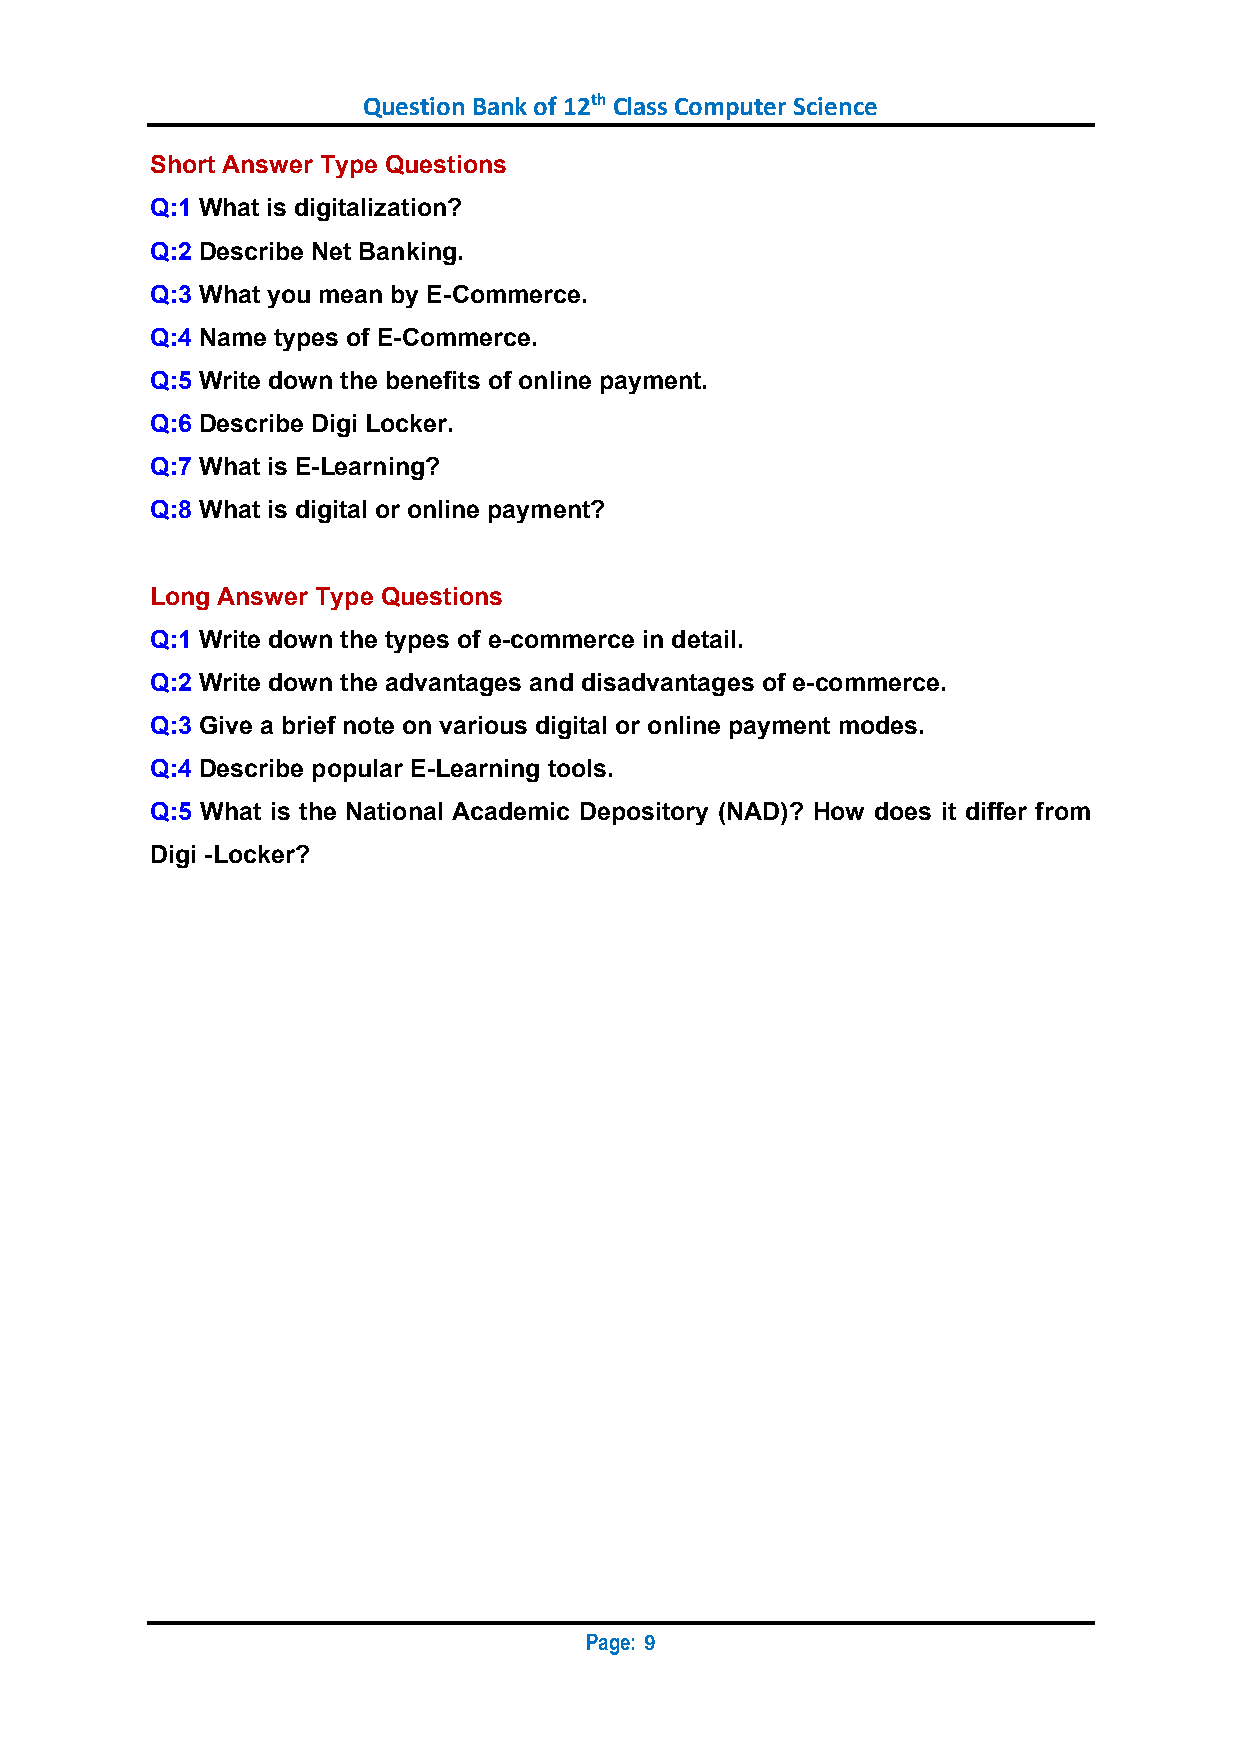
Question Bank of 12th Class Computer Science
 Short Answer Type Questions
 Q:1 What is digitalization?
 Q:2 Describe Net Banking.
 Q:3 What you mean by E-Commerce.
 Q:4 Name types of E-Commerce.
 Q:5 Write down the benefits of online payment.
 Q:6 Describe Digi Locker.
 Q:7 What is E-Learning?
 Q:8 What is digital or online payment?
 Long Answer Type Questions
 Q:1 Write down the types of e-commerce in detail.
 Q:2 Write down the advantages and disadvantages of e-commerce.
 Q:3 Give a brief note on various digital or online payment modes.
 Q:4 Describe popular E-Learning tools.
 Q:5 What is the National Academic Depository (NAD)? How does it differ from
 Digi -Locker?
 Page:
 9